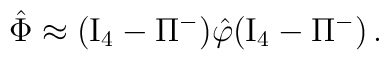
\hat \Phi \approx ({\rm I}_4- \Pi^-) \hat \varphi ({\rm I}_4- \Pi^-) \, .